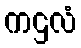
ကဌလံ